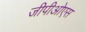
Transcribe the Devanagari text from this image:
जीपीओएस